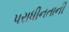
પરાધીનતાની